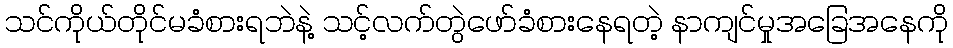
သင်ကိုယ်တိုင်မခံစားရဘဲနဲ့ သင့်လက်တွဲဖော်ခံစားနေရတဲ့ နာကျင်မှုအခြေအနေကို